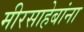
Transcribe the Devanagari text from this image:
मीरसाहेबांना